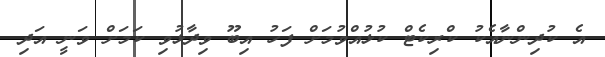
އެ ކުދިންނާއެކު ކްރިކެޓް ކުޅުއްވުމަށް ފަހު އިބޫ ވިދާޅުވި ކަމަށް ވަނީ އަދި